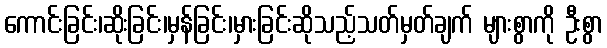
ကောင်းခြင်း၊ဆိုးခြင်း၊မှန်ခြင်း၊မှားခြင်းဆိုသည့်သတ်မှတ်ချက် များစွာကို ဦးစွာ